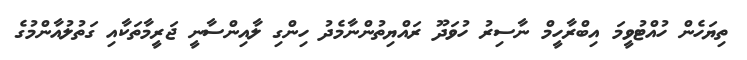
ތިޔަހެން ހުއްޓުވީމަ އިބްރާހީމް ނާސިރު ހުވަދޫ ރައްޔިތުންނާމެދު ހިންގި ލާއިންސާނީ ޖަރީމާތަކާއި ގަތުލުއާންމުގެ